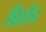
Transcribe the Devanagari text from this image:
घिलैड